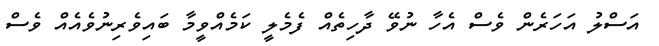
އަސްލު އަހަރެން ވެސް އެހާ ނުވޭ ދާހިތެއް ފެމެލީ ކަމެއްވީމާ ބައިވެރިނުވެއެއް ވެސް